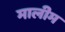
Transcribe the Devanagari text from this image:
मालीम